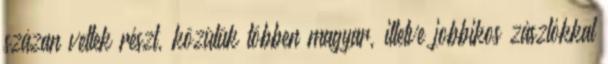
százan vettek részt, közülük többen magyar, illetve jobbikos zászlókkal